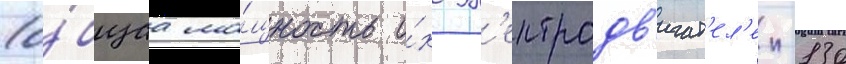
(о́бщаа мо́щность и́х эл'ектродв'игат'ел'еи-130